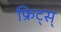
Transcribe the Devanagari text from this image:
फ्रिट्स्